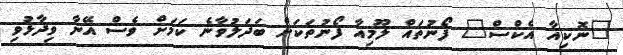
"ނޮކިއާ އެކްސް" ފޯނުތައް ލޫމިއާ ފޯނުތަކަށް ބަދަލުވާނެ ކަމަށް ވެސް އޭނާ ވިދާޅުވި